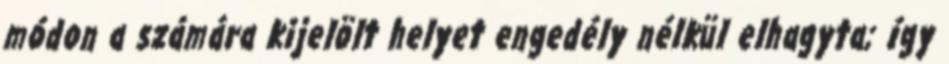
módon a számára kijelölt helyet engedély nélkül elhagyta; így